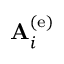
{ \bf A } _ { i } ^ { \left( \mathrm { e } \right) }